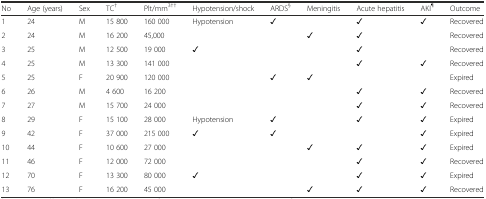
| No | Age (years) | Sex | TC† | Plt/mm3†† | Hypotension/shock | ARDS§ | Meningitis | Acute hepatitis | AKI¶ | Outcome |
 | --- | --- | --- | --- | --- | --- | --- | --- | --- | --- | --- |
 | 1 | 24 | M | 15 800 | 160 000 | Hypotension | ✓ |  | ✓ | ✓ | Recovered |
 | 2 | 24 | M | 16 200 | 45,000 |  |  | ✓ | ✓ |  | Recovered |
 | 3 | 25 | M | 12 500 | 19 000 | ✓ |  |  | ✓ |  | Recovered |
 | 4 | 25 | M | 13 300 | 141 000 |  |  |  | ✓ | ✓ | Recovered |
 | 5 | 25 | F | 20 900 | 120 000 |  | ✓ | ✓ |  |  | Expired |
 | 6 | 26 | M | 4 600 | 16 200 |  |  |  | ✓ | ✓ | Recovered |
 | 7 | 27 | M | 15 700 | 24 000 |  |  |  | ✓ | ✓ | Recovered |
 | 8 | 29 | F | 15 100 | 28 000 | Hypotension | ✓ |  | ✓ | ✓ | Expired |
 | 9 | 42 | F | 37 000 | 215 000 | ✓ | ✓ |  |  | ✓ | Expired |
 | 10 | 44 | F | 10 600 | 27 000 |  |  | ✓ | ✓ | ✓ | Expired |
 | 11 | 46 | F | 12 000 | 72 000 |  |  |  | ✓ | ✓ | Recovered |
 | 12 | 70 | F | 13 300 | 80 000 | ✓ |  |  | ✓ | ✓ | Expired |
 | 13 | 76 | F | 16 200 | 45 000 |  |  | ✓ | ✓ | ✓ | Recovered |